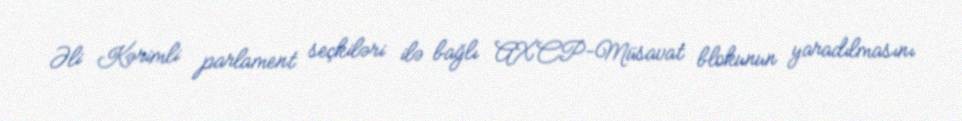
Əli Kərimli parlament seçkiləri ilə bağlı AXCP-Müsavat blokunun yaradılmasını